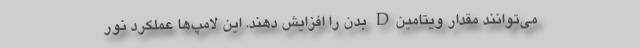
می‌توانند مقدار ویتامینD بدن را افزایش دهند. این لامپ‌ها عملکرد نور